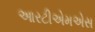
આરટીએમએસ